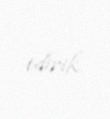
edirik.